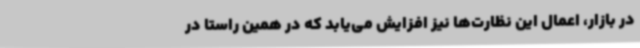
در بازار، اعمال این نظارت‌ها نیز افزایش می‌یابد که در همین راستا در